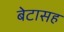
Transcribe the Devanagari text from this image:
बेटासह